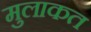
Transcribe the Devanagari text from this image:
मुलाकत